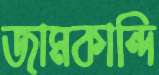
জামকান্দি